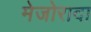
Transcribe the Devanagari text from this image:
मेजोरादा